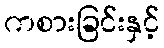
ကစားခြင်းနှင့်